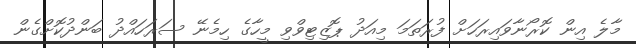
މާލެ އިން ކޮރޯނާވައިރަހަށް ފުރަތަމަ މިއަދު ޕޮޒިޓިވްވި މީހާގެ ހިމެނޭ ސަރަހައްދު ބަންދުކޮށްގެން